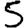
Digit: 5